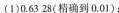
(1)0.6328(精确到0.01)；